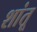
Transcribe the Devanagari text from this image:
शांतू